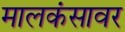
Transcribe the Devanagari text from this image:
मालकंसावर